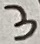
Text: 3